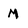
Character: M